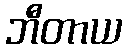
ဘီတာယ